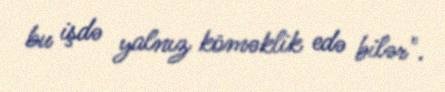
bu işdə yalnız köməklik edə bilər".